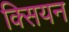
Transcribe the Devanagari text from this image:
क्सियन